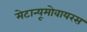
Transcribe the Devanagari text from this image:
मेटान्यूमोवायरस